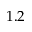
1 . 2